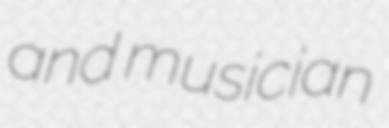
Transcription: and musician